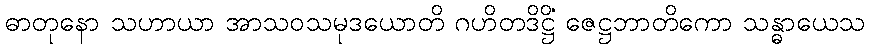
ဓာတုနော သဟာယာ အာသဝသမုဒယောတိ ဂဟိတဒိဋ္ဌိံ ဇေဋ္ဌဘာတိကော သန္ဓာယေသ